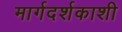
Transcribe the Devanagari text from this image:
मार्गदर्शकाशी